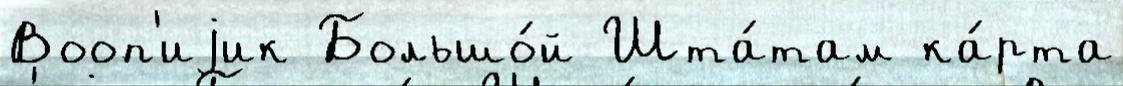
Вооп'иjик Большо́й Шта́там ка́рта